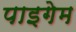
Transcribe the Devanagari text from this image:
पाइगेम